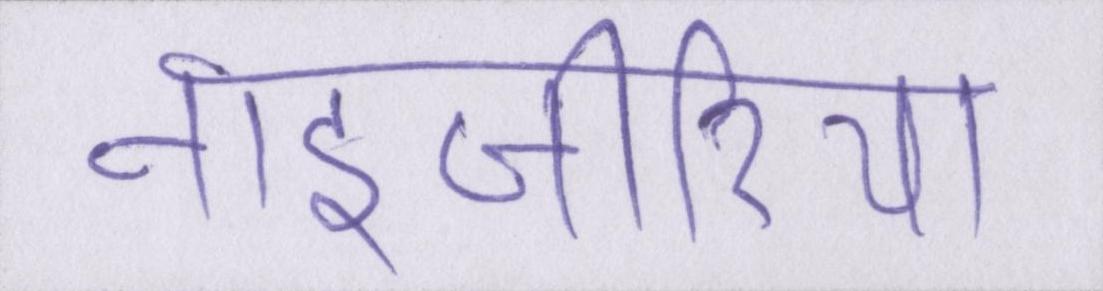
नाइजीरिया